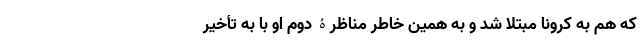
که هم به کرونا مبتلا شد و به همین خاطر مناظرۀ دوم او با به تأخیر